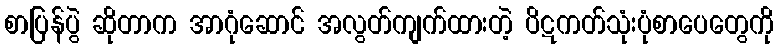
စာပြန်ပွဲ ဆိုတာက အာဂုံဆောင် အလွတ်ကျက်ထားတဲ့ ပိဋကတ်သုံးပုံစာပေတွေကို